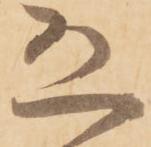
恐